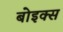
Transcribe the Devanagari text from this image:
बोइक्स